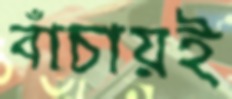
বাঁচায়ই